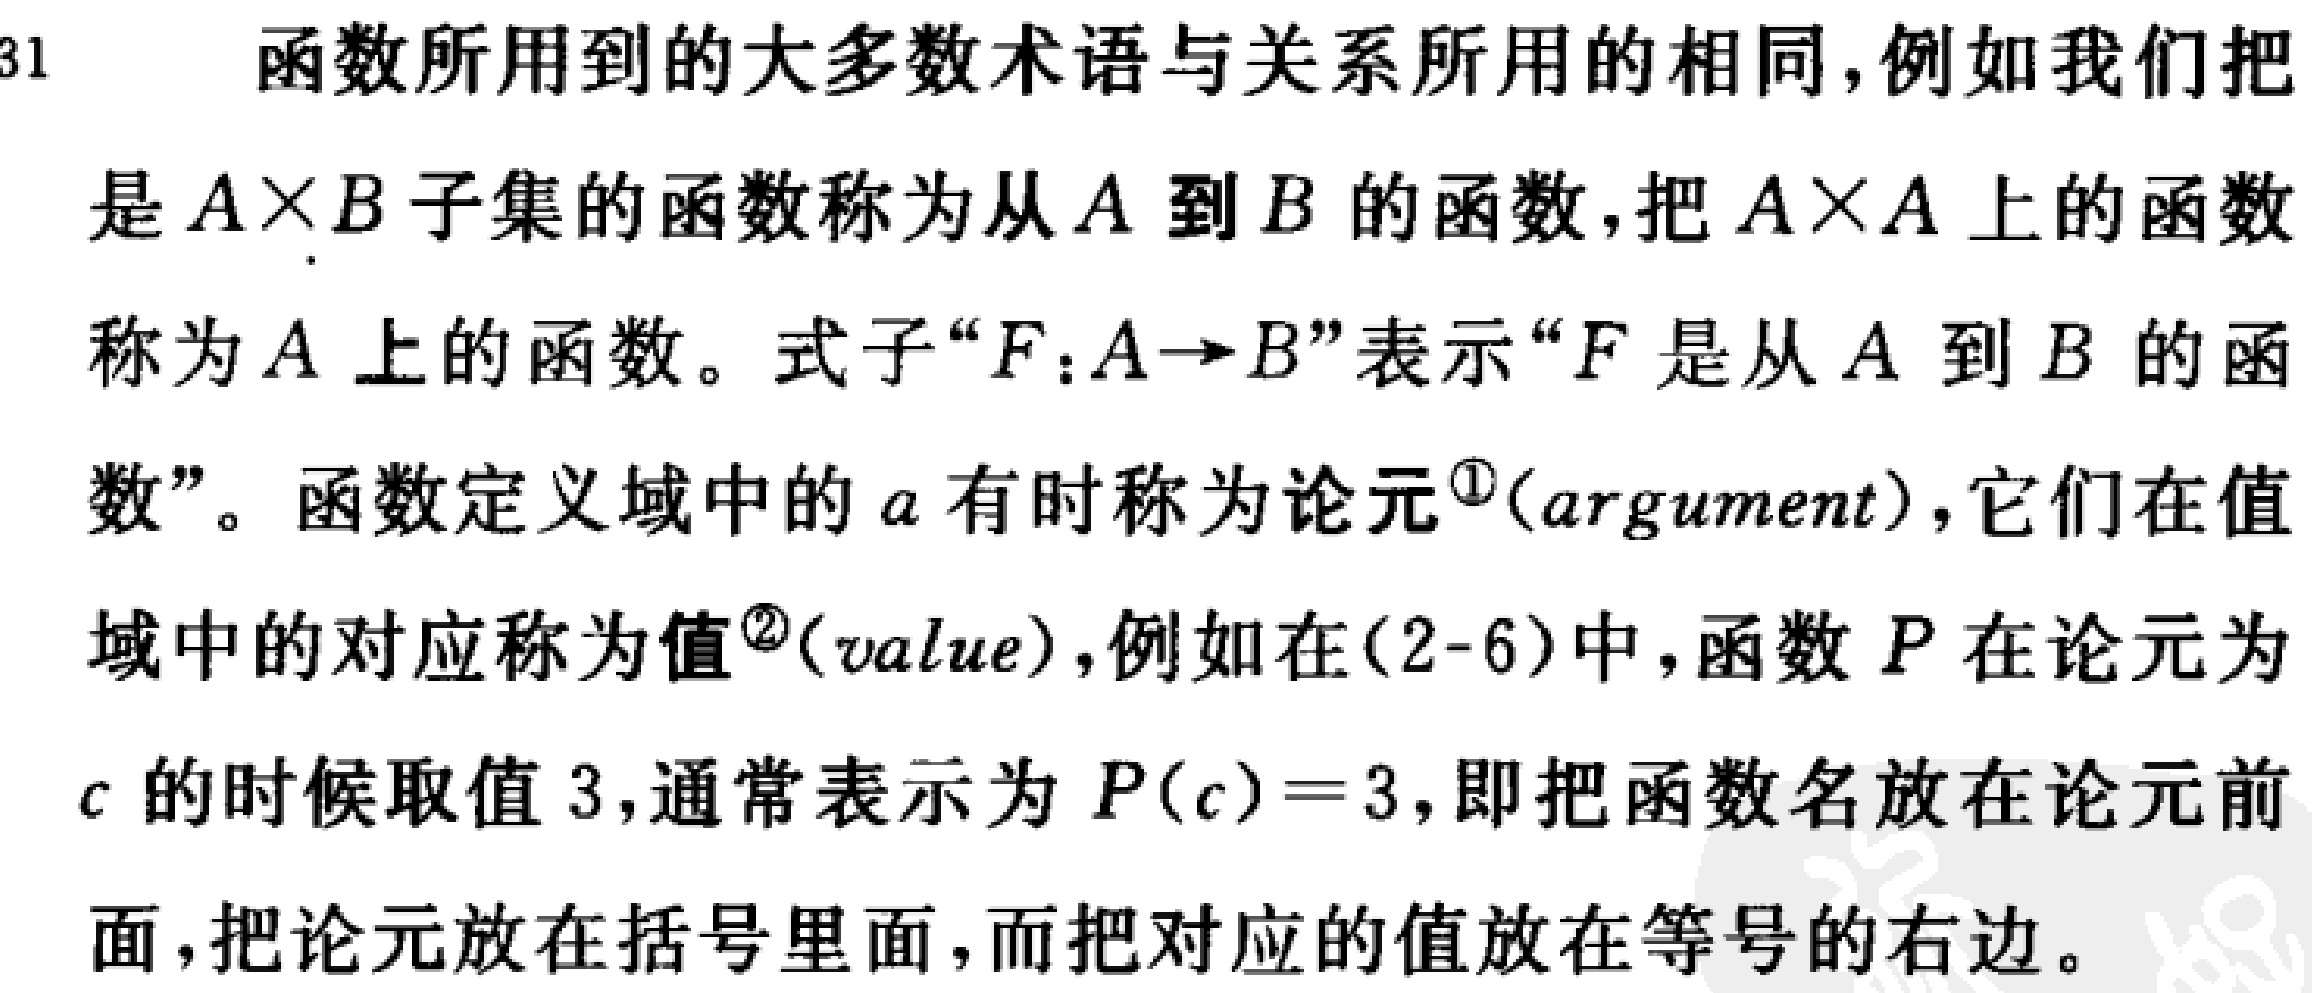
函数所用到的大多数术语与关系所用的相同,例如我们把是\(A\times B\)子集的函数称为从\(A\)到\(B\)的函数,把\(A\times A\)上的函数称为\(A\)上的函数。式子“\(F:A\rightarrow B\)”表示“\(F\)是从\(A\)到\(B\)的函数”。函数定义域中的\(a\)有时称为论元\(^{\textcircled{1}}(argument)\),它们在值域中的对应称为值\(^{\textcircled{2}}(value)\),例如在\((2 - 6)\)中,函数\(P\)在论元为\(c\)的时候取值\(3\),通常表示为\(P(c)=3\),即把函数名放在论元前面,把论元放在括号里面,而把对应的值放在等号的右边。